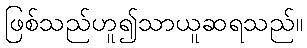
ဖြစ်သည်ဟူ၍သာယူဆရသည်။